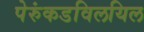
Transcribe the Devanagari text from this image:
पेरुंकडविलयिल